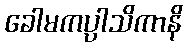
ခေါမကပ္ပါသိကာနိ